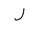
Letter: _lam